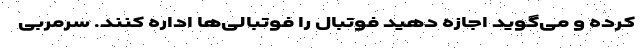
کرده و می‌گوید اجازه دهید فوتبال را فوتبالی‌ها اداره کنند. سرمربی